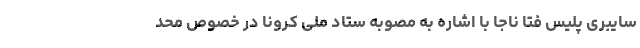
سایبری پلیس فتا ناجا با اشاره به مصوبه ستاد ملی کرونا در خصوص محد